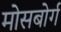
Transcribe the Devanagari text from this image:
मोसबोर्ग